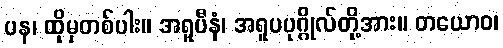
ပန၊ ထိုမှတစ်ပါး။ အရူပီနံ၊ အရူပပုဂ္ဂိုလ်တို့အား။ တယောဝ၊